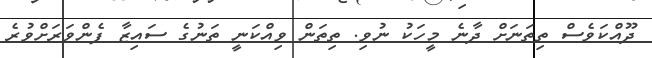
ދޫއްކަވެސްް ތިތަނަށް ދާނެ މީހަކު ނުވި. ތިތަން ވިއްކަނީ ތަނުގެ ސައިޒާ ފެންވަރަށްވުރެ